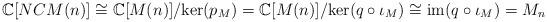
LaTeX: \begin{align*}\mathbb{C}[NCM(n)] \cong \mathbb{C}[M(n)]/\mathrm{ker}(p_M) = \mathbb{C}[M(n)]/\mathrm{ker}(q \circ \iota_M) \cong \mathrm{im}(q \circ \iota_M) = M_n \end{align*}